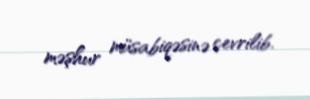
məşhur müsabiqəsinə çevrilib.